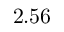
2 . 5 6